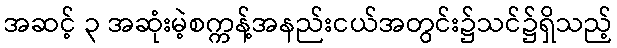
အဆင့် ၃ အဆုံးမဲ့စက္ကန့်အနည်းငယ်အတွင်း၌သင်၌ရှိသည့်